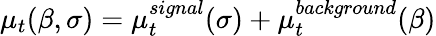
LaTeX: \mu_{t}(\beta,\sigma)=\mu_{t}^{signal}(\sigma)+\mu_{t}^{background}(\beta)